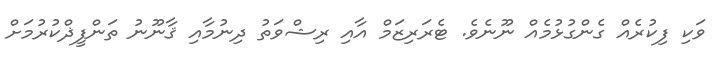
ވަކި ފިކުރެއް ގެންގުޅުމެއް ނޫނެވެ. ޓެރަރިޒަމް އާއި ރިޝްވަތު ދިނުމާއި ޤާނޫނު ތަންފީޛްކުރުމަށް